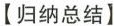
【归纳总结】